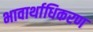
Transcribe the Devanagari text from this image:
भावार्थाधिकरण